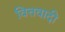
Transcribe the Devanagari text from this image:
वित्तवादी